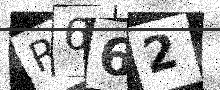
Text: R662